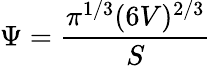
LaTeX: \Psi=\frac{\pi^{1/3}(6V)^{2/3}}{S}